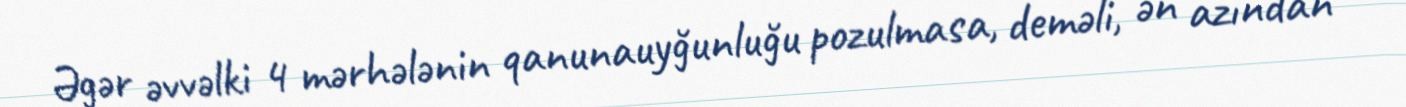
Əgər əvvəlki 4 mərhələnin qanunauyğunluğu pozulmasa, deməli, ən azından